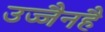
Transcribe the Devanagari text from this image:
उज्जैनहै